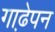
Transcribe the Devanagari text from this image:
गाढे़पन